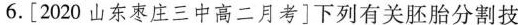
6.[2020山东枣庄三中高二月考]下列有关胚胎分割技